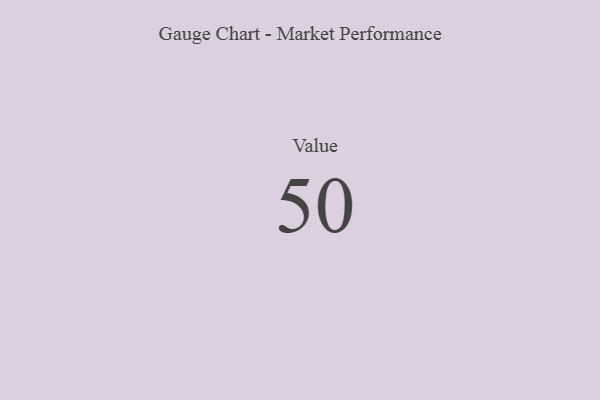
{"axis": {"x": "Metric", "y": "Value"}, "legend": [""], "data": [{"x": "Value", "y": 50, "type": ""}]}